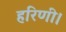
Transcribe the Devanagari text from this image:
हरिणी।